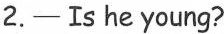
2.—Is he young?